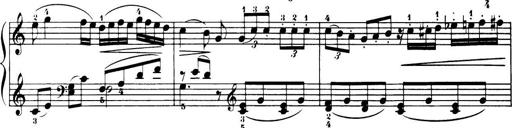
Title: 32 Sonatinas and Rondos for the Piano
Composer: Richard Kleinmichel